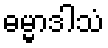
ဓမ္မာဒါသံ